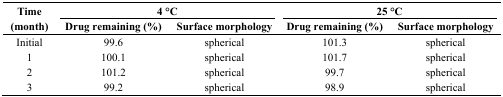
<table><thead><tr><td rowspan="3"><b>Time (month)</b></td><td colspan="2"><b>4 °C</b></td><td colspan="2"><b>25 °C</b></td></tr><tr><td><b>Drug remaining (%)</b></td><td><b>Surface morphology</b></td><td><b>Drug remaining (%)</b></td><td><b>Surface morphology</b></td></tr></thead><tbody><tr><td>Initial</td><td>99.6</td><td>spherical</td><td>101.3</td><td>spherical</td></tr><tr><td>1</td><td>100.1</td><td>spherical</td><td>101.7</td><td>spherical</td></tr><tr><td>2</td><td>101.2</td><td>spherical</td><td>99.7</td><td>spherical</td></tr><tr><td>3</td><td>99.2</td><td>spherical</td><td>98.9</td><td>spherical</td></tr></tbody></table>